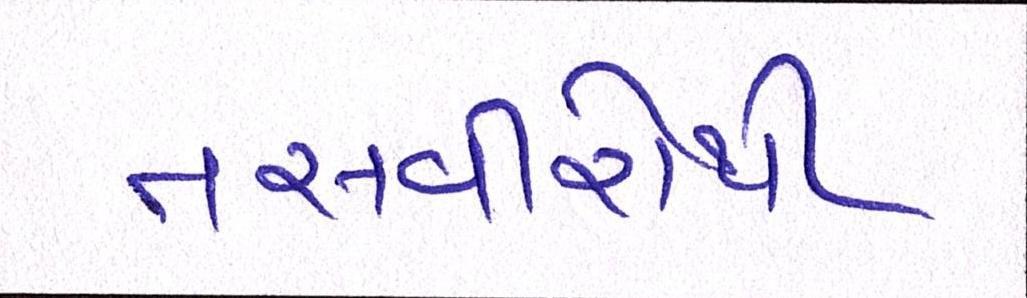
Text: તસવીરોથી